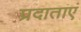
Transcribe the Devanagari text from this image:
प्रदाताएं